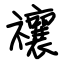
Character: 禳